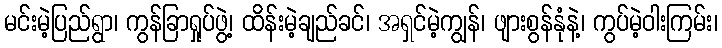
မင်းမဲ့ပြည်ရွာ၊ ကွန်ခြာရှုပ်ဖွဲ့၊ ထိန်းမဲ့ချည်ခင်၊ အရှင်မဲ့ကျွန်၊ ဖျားစွန်နုံနဲ့၊ ကွပ်မဲ့ဝါးကြမ်း၊